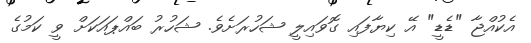
އެކުއްޖާ "ޑެޑީ" އޭ ކިޔާފައި ގޮވައިލީ ޝަހުރަށެވެ. ޝަހުރު ބައްޕައަކަށް ވީ ކަމުގެ